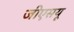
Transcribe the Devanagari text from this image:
जीएसयू